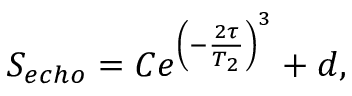
S _ { e c h o } = C e ^ { \left( - \frac { 2 \tau } { T _ { 2 } } \right) ^ { 3 } } + d ,